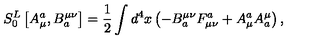
S _ { 0 } ^ { L } \left[ A _ { \mu } ^ { a } , B _ { a } ^ { \mu \nu } \right] = \frac 1 2 \int d ^ { 4 } x \left( - B _ { a } ^ { \mu \nu } F _ { \mu \nu } ^ { a } + A _ { \mu } ^ { a } A _ { a } ^ { \mu } \right) ,